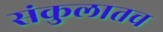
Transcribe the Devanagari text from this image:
संकुलातच